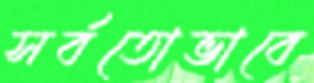
সর্বতোভাবে